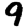
Digit: 9